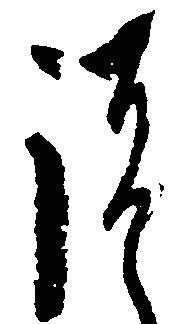
諸